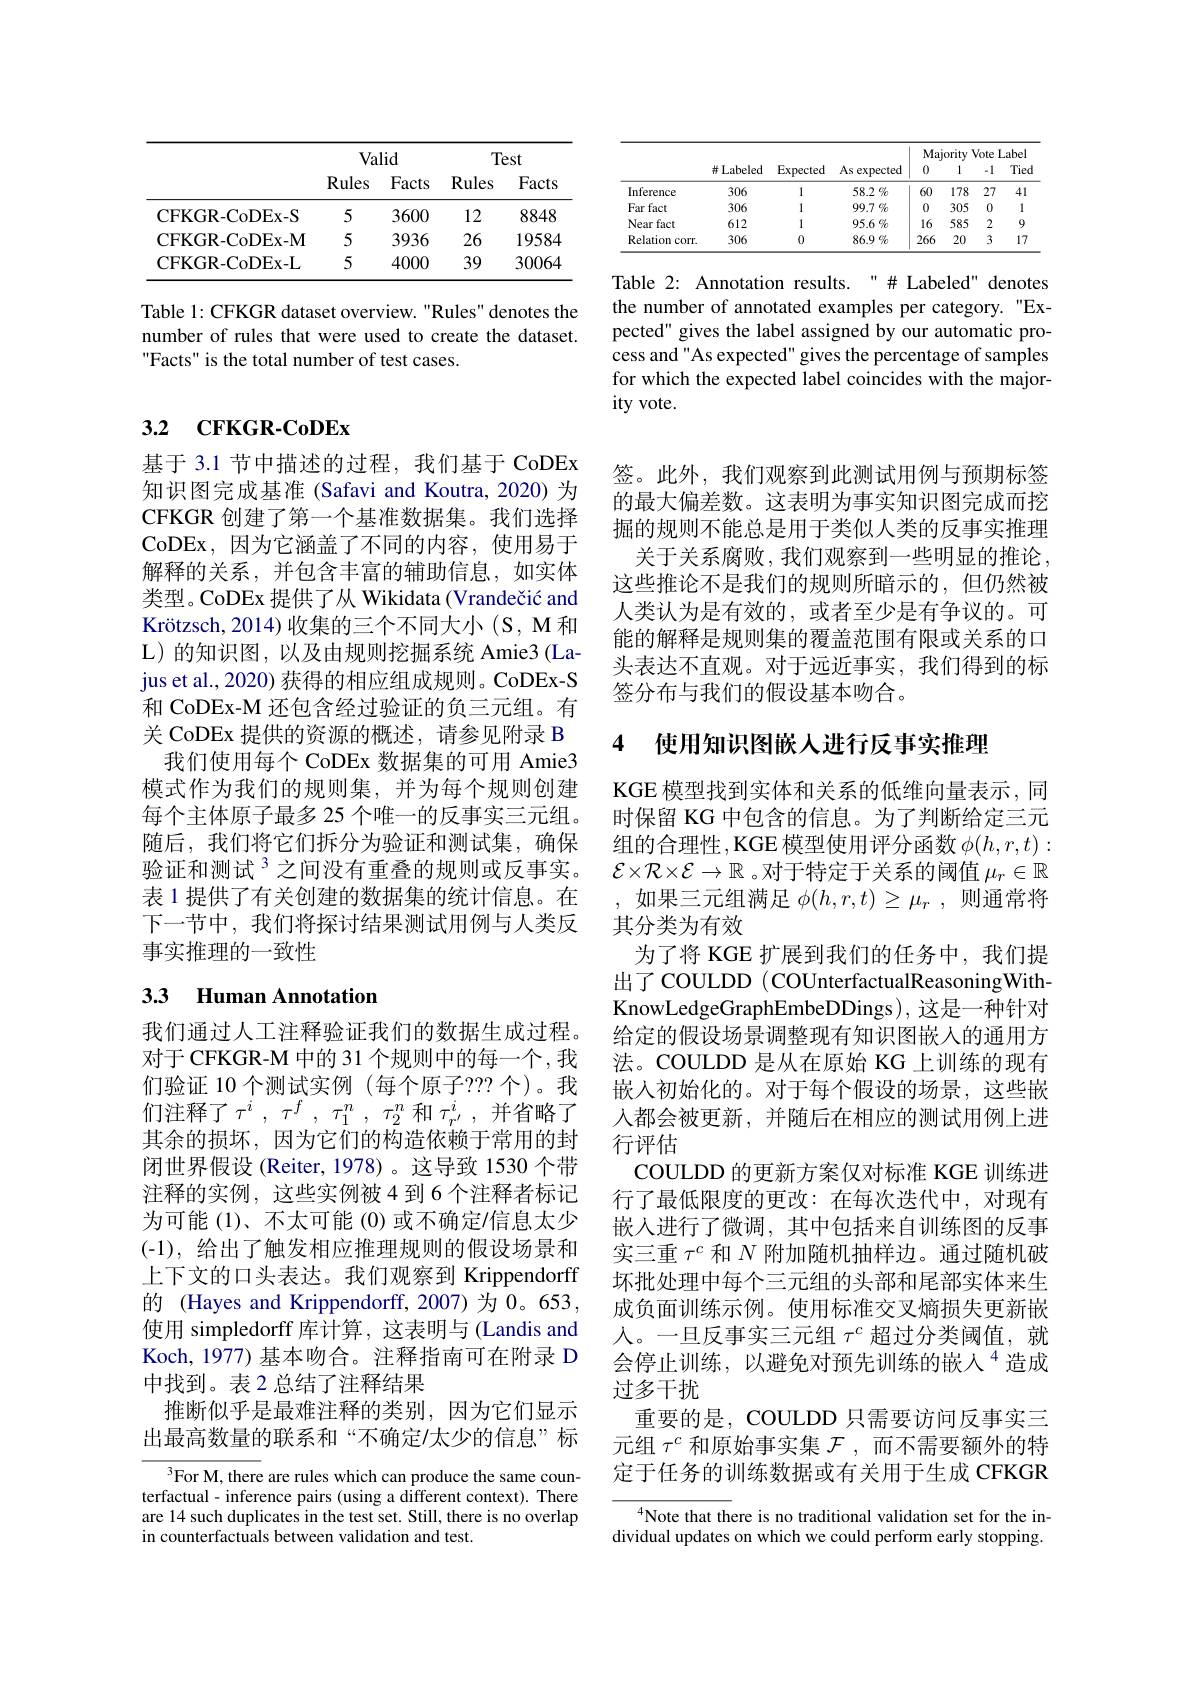
<table>
	<tbody>
		<tr>
			<th> </th>
			<th colspan="2">Valid</th>
			<th colspan="2">Test</th>
		</tr>
		<tr>
			<th> </th>
			<th>Rules</th>
			<th>Facts</th>
			<th>Rules</th>
			<th>Facts</th>
		</tr>
		<tr>
			<td>CFKGR-CoDEx-S</td>
			<td>5</td>
			<td>3600</td>
			<td>12</td>
			<td>8848</td>
		</tr>
		<tr>
			<td>CFKGR-CoDEx-M</td>
			<td>5</td>
			<td>3936</td>
			<td>26</td>
			<td>19584</td>
		</tr>
		<tr>
			<td>CFKGR-CoDEx-L</td>
			<td>5</td>
			<td>4000</td>
			<td>39</td>
			<td>30064</td>
		</tr>
	</tbody>
</table>

Table 1: CFKGR dataset overview. "Rules" denotes the number of rules that were used to create the dataset. Facts" is the total number of test cases.

<table>
	<tbody>
		<tr>
			<th> </th>
			<th>并 Labeled</th>
			<th>Expected</th>
			<th>As expected</th>
			<th>0</th>
			<th>1</th>
			<th>1 a</th>
			<th>Tied</th>
		</tr>
		<tr>
			<td>Inference</td>
			<td>306</td>
			<td>1</td>
			<td>58.2 $\%$</td>
			<td>60</td>
			<td>178</td>
			<td>27</td>
			<td>41</td>
		</tr>
		<tr>
			<td>Far fact</td>
			<td>306</td>
			<td>1</td>
			<td>$99.7\%$</td>
			<td>0</td>
			<td>305</td>
			<td>0</td>
			<td>1</td>
		</tr>
		<tr>
			<td>Near fact</td>
			<td>612</td>
			<td>1</td>
			<td>$95.6\%$</td>
			<td>16</td>
			<td>585</td>
			<td>2</td>
			<td>9</td>
		</tr>
		<tr>
			<td>Relation 1COrr</td>
			<td>306</td>
			<td>0</td>
			<td>$86.9\%$</td>
			<td>266</td>
			<td>20</td>
			<td>3</td>
			<td>17</td>
		</tr>
	</tbody>
</table>

Table 2: Annotation results."# Labeled" denotes the number of annotated examples per category. "Expected" gives the label assigned by our automatic process and "As expected" gives the percentage of samples for which the expected label coincides with the majority vote.

## 3.2 $\textbf{CFKGR- CoDEx}$

基于 3.1 节中描述的过程，我们基于 CoDEx 知识图完成基准 (Safavi and Koutra, 2020) 为CFKGR 创建了第一个基准数据集。我们选择CoDEx,因为它涵盖了不同的内容，使用易于解释的关系，并包含丰富的辅助信息，如实体类型。CoDEx 提供了从 Wikidata (Vrandečić and Kr$\" {o}$tzsch, 2014) 收集的三个不同大小(S,M和L)的知识图，以及由规则挖掘系统 Amie3(Lajus et al., 2020) 获得的相应组成规则。CoDEx-S 和 CoDEx-M 还包含经过验证的负三元组。有关 CoDEx 提供的资源的概述，请参见附录 B 我们使用每个 CoDEx 数据集的可用 Amie3
模式作为我们的规则集，并为每个规则创建每个主体原子最多 25 个唯一的反事实三元组。随后，我们将它们拆分为验证和测试集，确保验证和测试$^{3}$之间没有重叠的规则或反事实。表 1 提供了有关创建的数据集的统计信息。在下一节中，我们将探讨结果测试用例与人类反事实推理的一致性

# 33 Human Annotation

我们通过人工注释验证我们的数据生成过程。对于CFKGR-M 中的 31 个规则中的每一个，我们验证 10 个测试实例 (每个原子？?? 个)。我们注释了$\tau^i,\tau^f,\tau_1^n,\tau_2^n$和$\tau_{r^{\prime}}^i$,并省略了其余的损坏，因为它们的构造依赖于常用的封闭世界假设 (Reiter, 1978) 。这导致 1530 个带注释的实例，这些实例被4到6个注释者标记为可能(1)、不太可能(0)或不确定/信息太少(-1),给出了触发相应推理规则的假设场景和上下文的口头表达。我们观察到 Krippendorff 的 (Hayes and Krippendorff, 2007)为 0。653, 使用 simpledorff 库计算，这表明与 (Landis and Koch, 1977) 基本吻合。注释指南可在附录 D 中找到。表 2 总结了注释结果
推断似乎是最难注释的类别，因为它们显示出最高数量的联系和“不确定/太少的信息”标

$^{3}$For M, there are rules which can produce the same counterfactual- inference pairs (using a different context). There are 14 such duplicates in the test set. Still, there is no overlap in counterfactuals between validation and test.

签。此外，我们观察到此测试用例与预期标签的最大偏差数。这表明为事实知识图完成而挖掘的规则不能总是用于类似人类的反事实推理
关于关系腐败，我们观察到一些明显的推论， 这些推论不是我们的规则所暗示的，但仍然被人类认为是有效的，或者至少是有争议的。可能的解释是规则集的覆盖范围有限或关系的口头表达不直观。对于远近事实，我们得到的标签分布与我们的假设基本吻合。

### 4 使用知识图嵌人进行反事实推理

KGE 模型找到实体和关系的低维向量表示，同时保留 KG 中包含的信息。为了判断给定三元组的合理性，KGE 模型使用评分函数$\phi(h,r,t):$ $\mathcal{E}\times\mathcal{R}\times\mathcal{E}\to\mathbb{R}$ 。对于特定于关系的阈值$\mu_r\in\mathbb{R}$ ,如果三元组满足$\phi(h,r,t)\geq\mu_r$,则通常将其分类为有效
为了将 KGE 扩展到我们的任务中，我们提出了 COULDD ( COUnterfactualReasoningWithKnowLedgeGraphEmbeDDings), 这是一种针对给定的假设场景调整现有知识图嵌入的通用方法。COULDD 是从在原始 KG 上训练的现有嵌入初始化的。对于每个假设的场景，这些嵌入都会被更新，并随后在相应的测试用例上进行评估
COULDD 的更新方案仅对标准 KGE 训练进行了最低限度的更改：在每次迭代中，对现有嵌入进行了微调，其中包括来自训练图的反事实三重$\tau^c$和$N$附加随机抽样边。通过随机破坏批处理中每个三元组的头部和尾部实体来生成负面训练示例。使用标准交叉熵损失更新嵌人。一旦反事实三元组$\tau^c$超过分类阈值，就会停止训练，以避免对预先训练的嵌人$^{4}$造成过多干扰
重要的是，COULDD 只需要访问反事实三元组$\tau^c$和原始事实集$\mathcal{F}$,而不需要额外的特定于任务的训练数据或有关用于生成 CFKGR

$^{4}$Note that there is no traditional validation set for the individual updates on which we could perform early stopping.